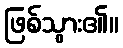
ဖြစ်သွား၏။